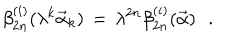
LaTeX: \beta _ { 2 n } ^ { ( i ) } ( \lambda ^ { k } { \vec { \alpha } } _ { k } ) \, = \, \lambda ^ { 2 n } \beta _ { 2 n } ^ { ( i ) } ( { \vec { \alpha } } ) \, \, \, \, .